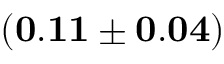
\mathbf { \left( 0 . 1 1 \pm 0 . 0 4 \right) }